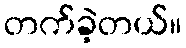
တက်ခဲ့တယ်။